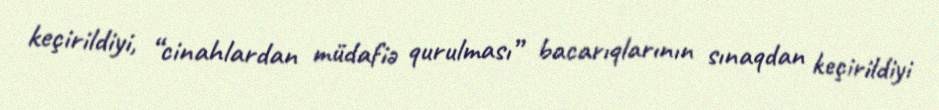
keçirildiyi, “cinahlardan müdafiə qurulması” bacarıqlarının sınaqdan keçirildiyi